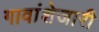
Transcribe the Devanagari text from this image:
गावांशेजारी